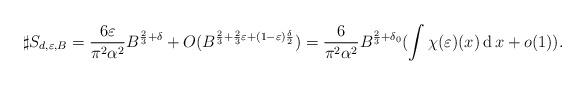
LaTeX: \begin{align*}\sharp S_{d,\varepsilon,B}=\frac{6\varepsilon}{\pi^2 \alpha^2}B^{\frac{2}{3}+\delta}+O(B^{\frac{2}{3}+\frac{2}{3}\varepsilon+(1-\varepsilon)\frac{\delta}{2}})=\frac{6}{\pi^2 \alpha^2}B^{\frac{2}{3}+\delta_0}(\int\chi(\varepsilon)(x)\operatorname{d}x+o(1)).\end{align*}